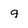
Character: q